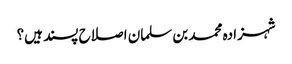
شہزادہ محمد بن سلمان اصلاح پسند ہیں؟